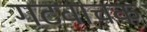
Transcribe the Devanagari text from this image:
गटवाचक